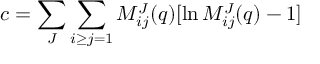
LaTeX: c = \sum _ { J } \sum _ { i \geq j = 1 } M _ { i j } ^ { J } ( q ) [ \ln M _ { i j } ^ { J } ( q ) - 1 ]